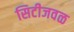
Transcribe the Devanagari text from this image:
सिटीजवळ